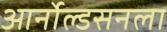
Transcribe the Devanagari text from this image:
आर्नोल्डसनला